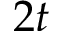
2 t